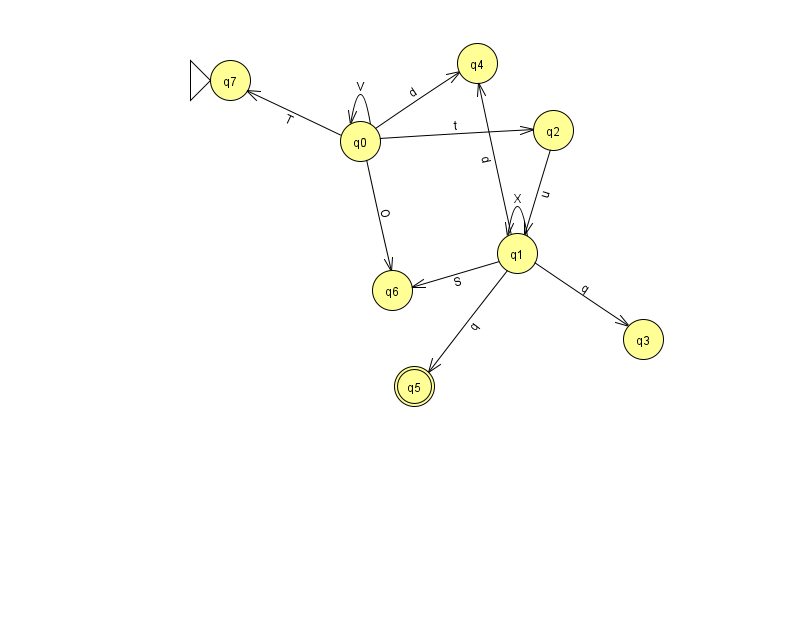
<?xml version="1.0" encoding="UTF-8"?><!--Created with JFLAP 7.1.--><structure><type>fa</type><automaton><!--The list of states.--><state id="0" name="q0"><x>360.0</x><y>128.0</y></state><state id="1" name="q1"><x>517.0</x><y>240.0</y></state><state id="2" name="q2"><x>553.0</x><y>117.0</y></state><state id="3" name="q3"><x>643.0</x><y>326.0</y></state><state id="4" name="q4"><x>477.0</x><y>50.0</y></state><state id="5" name="q5"><x>414.0</x><y>373.0</y><final/></state><state id="6" name="q6"><x>392.0</x><y>277.0</y></state><state id="7" name="q7"><x>230.0</x><y>67.0</y><initial/></state><!--The list of transitions.--><transition><from>0</from><to>7</to><read>T</read></transition><transition><from>2</from><to>1</to><read>u</read></transition><transition><from>0</from><to>4</to><read>d</read></transition><transition><from>0</from><to>2</to><read>t</read></transition><transition><from>1</from><to>4</to><read>d</read></transition><transition><from>1</from><to>6</to><read>S</read></transition><transition><from>0</from><to>0</to><read>V</read></transition><transition><from>1</from><to>5</to><read>q</read></transition><transition><from>1</from><to>1</to><read>X</read></transition><transition><from>0</from><to>6</to><read>O</read></transition><transition><from>1</from><to>3</to><read>q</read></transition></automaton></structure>